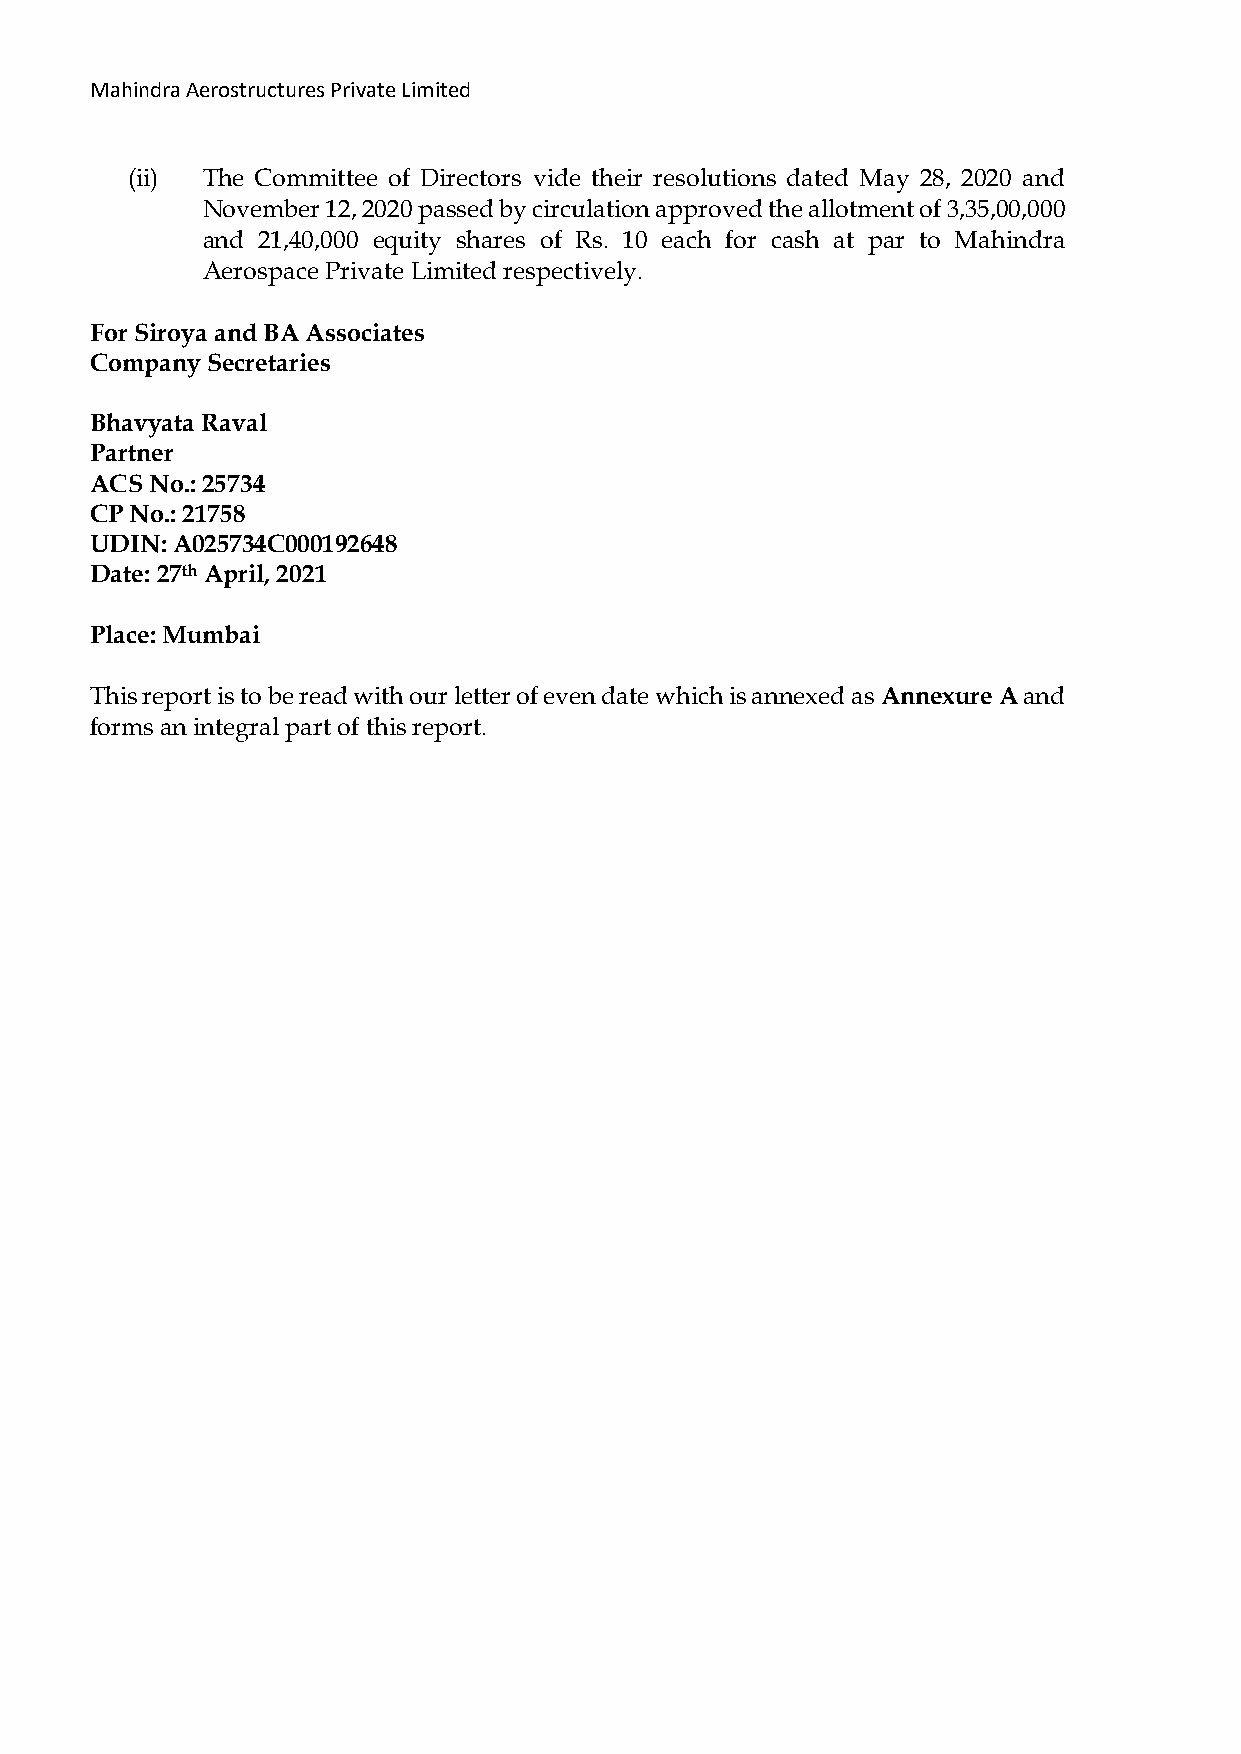
Mahindra Aerostructures Private Limited
 (ii) The Committee of Directors vide their resolutions dated May 28, 2020 and
 November 12, 2020 passed by circulation approved the allotment of 3,35,00,000
 and 21,40,000 equity shares of Rs. 10 each for cash at par to Mahindra
 Aerospace Private Limited respectively.
 For Siroya and BA Associates
 Company Secretaries
 Bhavyata Raval
 Partner
 ACS No.: 25734
 CP No.: 21758
 UDIN: A025734C000192648
 Date: 27th April, 2021
 Place: Mumbai
 This report is to be read with our letter of even date which is annexed as Annexure A and
 forms an integral part of this report.